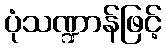
ပုံသဏ္ဍာန်ဖြင့်